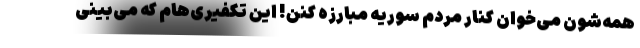
همه‌شون می‌خوان کنار مردم سوریه مبارزه کنن! این تکفیری‌هام که می‌بینی